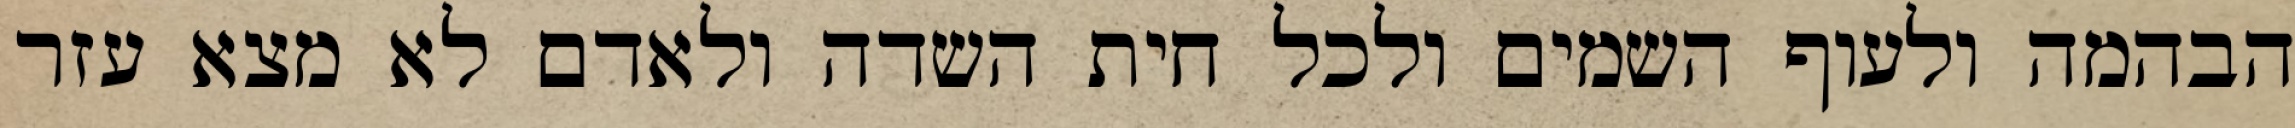
הבהמה ולעוף השמים ולכל חית השדה ולאדם לא מצא עזר